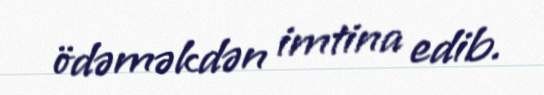
ödəməkdən imtina edib.